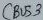
Text: CBUS3